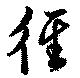
徑